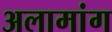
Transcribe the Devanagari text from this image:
अलामांग